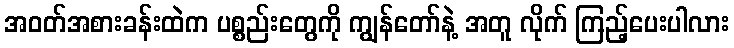
အဝတ်အစားခန်းထဲက ပစ္စည်းတွေကို ကျွန်တော်နဲ့ အတူ လိုက် ကြည့်ပေးပါလား